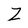
Character: Z